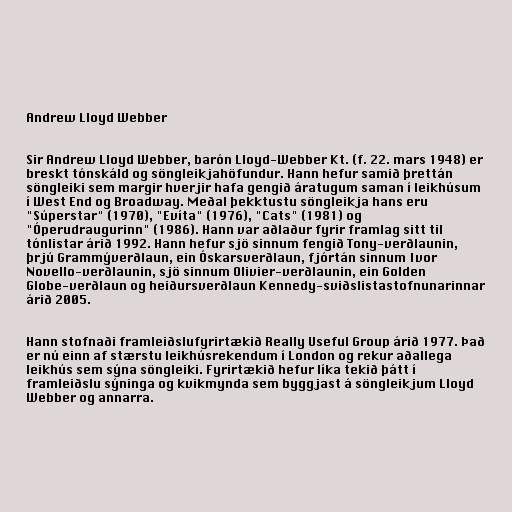
Andrew Lloyd Webber

Sir Andrew Lloyd Webber, barón Lloyd-Webber Kt. (f. 22. mars 1948) er
breskt tónskáld og söngleikjahöfundur. Hann hefur samið þrettán
söngleiki sem margir hverjir hafa gengið áratugum saman í leikhúsum
í West End og Broadway. Meðal þekktustu söngleikja hans eru
"Súperstar" (1970), "Evíta" (1976), "Cats" (1981) og
"Óperudraugurinn" (1986). Hann var aðlaður fyrir framlag sitt til
tónlistar árið 1992. Hann hefur sjö sinnum fengið Tony-verðlaunin,
þrjú Grammýverðlaun, ein Óskarsverðlaun, fjórtán sinnum Ivor
Novello-verðlaunin, sjö sinnum Olivier-verðlaunin, ein Golden
Globe-verðlaun og heiðursverðlaun Kennedy-sviðslistastofnunarinnar
árið 2005.

Hann stofnaði framleiðslufyrirtækið Really Useful Group árið 1977. Það
er nú einn af stærstu leikhúsrekendum í London og rekur aðallega
leikhús sem sýna söngleiki. Fyrirtækið hefur líka tekið þátt í
framleiðslu sýninga og kvikmynda sem byggjast á söngleikjum Lloyd
Webber og annarra.